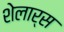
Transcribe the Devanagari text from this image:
शेलार्स